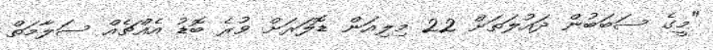
"މީގެ ސަބަބުން ދައުލަތަށް 22 މިލިއަން ޑޮލަރަށް ވުރެ ބޮޑު އެއްޗެއް ސަލާމަތް